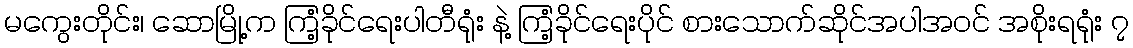
မကွေးတိုင်း၊ ဆောမြို့က ကြံ့ခိုင်ရေးပါတီရုံး နဲ့ ကြံ့ခိုင်ရေးပိုင် စားသောက်ဆိုင်အပါအဝင် အစိုးရရုံး ၇